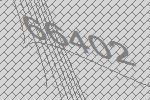
66402